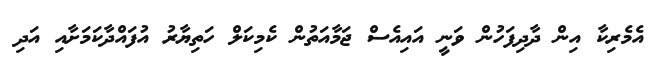
އެމެރިކާ އިން ދާދިފަހުން ވަނީ އައިއެސް ޖަމާއަތުން ކެމިކަލް ހަތިޔާރު އުފައްދާކަމަށާއި އަދި